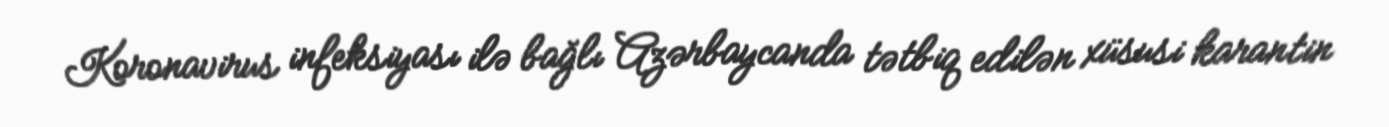
Koronavirus infeksiyası ilə bağlı Azərbaycanda tətbiq edilən xüsusi karantin